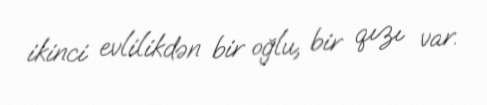
ikinci evlilikdən bir oğlu, bir qızı var.